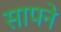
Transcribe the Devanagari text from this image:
सापने